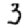
Digit: 3